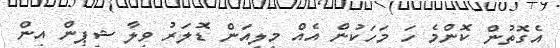
އެގޮތުން ކޮންމެ ހަ މަހަކުން އެއް މިލިއަން ޑޮލަރު ވިލާ ޝިޕިން އިން